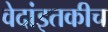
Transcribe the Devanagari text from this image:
वेदांइतकीच